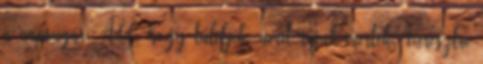
a napsugár. Add, hogy túléljék, amit rájuk mértek, Keresztre